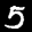
Label: 5